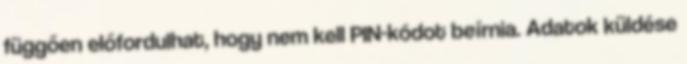
függően előfordulhat, hogy nem kell PIN-kódot beírnia. Adatok küldése